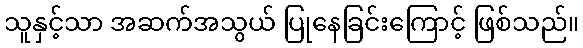
သူနှင့်သာ အဆက်အသွယ် ပြုနေခြင်းကြောင့် ဖြစ်သည်။